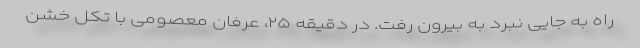
راه به جایی نبرد به بیرون رفت. در دقیقه ۲۵، عرفان معصومی با تکل خشن